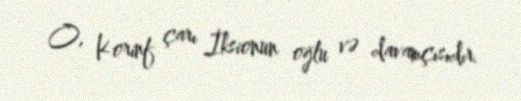
O, Korinf çarı İksionun oğlu və davamçısıdır.